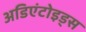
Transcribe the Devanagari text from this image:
अडिएंटोइड्स